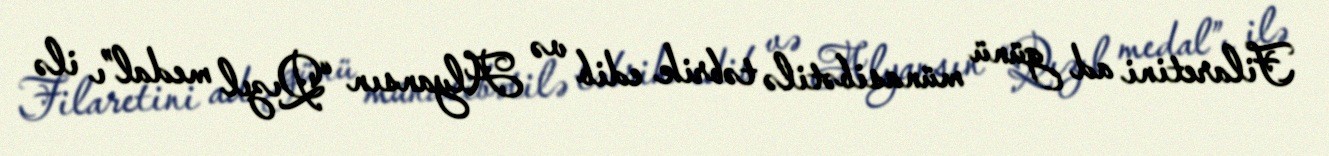
Filaretini ad günü münasibətilə təbrik edib və Alyansın “Qızıl medal”ı ilə